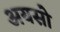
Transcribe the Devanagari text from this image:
अयसो